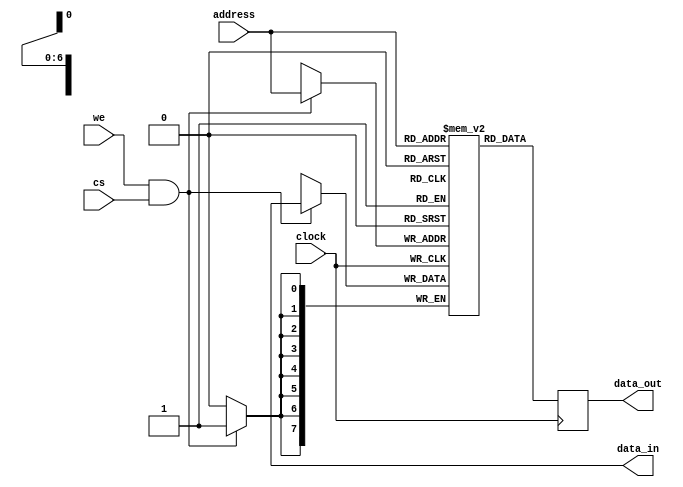
`timescale 1ns / 1ps
//////////////////////////////////////////////////////////////////////////////////
// Company: 
// Engineer: 
// 
// Design Name: 
// Module Name: memory
// Project Name: 
// Target Devices: 
// Tool Versions: 
// Description: 
// 
// Dependencies: 
// 
// Revision:
// Revision 0.01 - File Created
// Additional Comments:
// 
//////////////////////////////////////////////////////////////////////////////////


module memory(
    input clock,
    input cs,
    input we,
    input [6:0] address,
    output [7:0] data_in,
    output reg [7:0] data_out
    );
    
    reg [7:0] RAM[0:127];

    always @ (negedge clock)begin
        if((we == 1) && (cs == 1))
            RAM[address] <= data_in[7:0];

        data_out <= RAM[address]; 
    end
    
endmodule